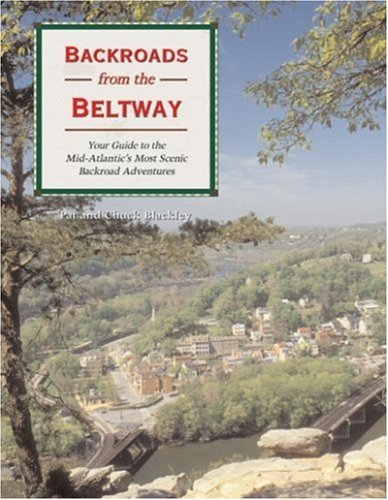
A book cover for Backroads from the Beltway: Your Guide to the Mid-Atlantic's Most Scenic Backroad Adventures (Backroads of ...); Pat Blackley; Travel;